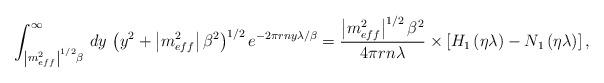
LaTeX: \begin{align*}\int _{\left|m_{eff}^{2}\right|^{1/2}\beta }^{\infty }\, dy\, \left(y^{2}+\left|m_{eff}^{2}\right|\beta ^{2}\right)^{1/2}e^{-2\pi rny\lambda /\beta }=\frac{\left|m_{eff}^{2}\right|^{1/2}\beta ^{2}}{4\pi rn\lambda }\times \left[H_{1}\left(\eta \lambda \right)-N_{1}\left(\eta \lambda \right)\right],\end{align*}